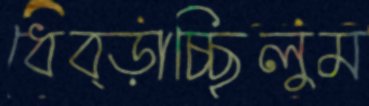
ধেব্‌ড়াচ্ছিলুম